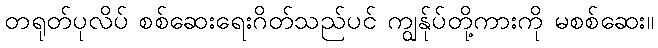
တရုတ်ပုလိပ် စစ်ဆေးရေးဂိတ်သည်ပင် ကျွန်ုပ်တို့ကားကို မစစ်ဆေး။